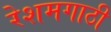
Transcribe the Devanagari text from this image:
रेशमगाठी